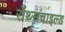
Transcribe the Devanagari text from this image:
रॉथ्सचाइल्ड